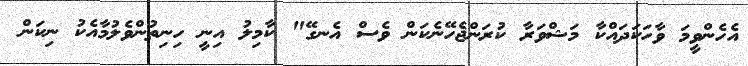
އެހެންވީމަ ވާހަކަދައްކާ މަޝްވަރާ ކުރަންޖެހޭނެކަން ވެސް އެނގޭ" ކާމިލު އިނީ ހިނިތުންވެލުމާއެކު ނިކަން